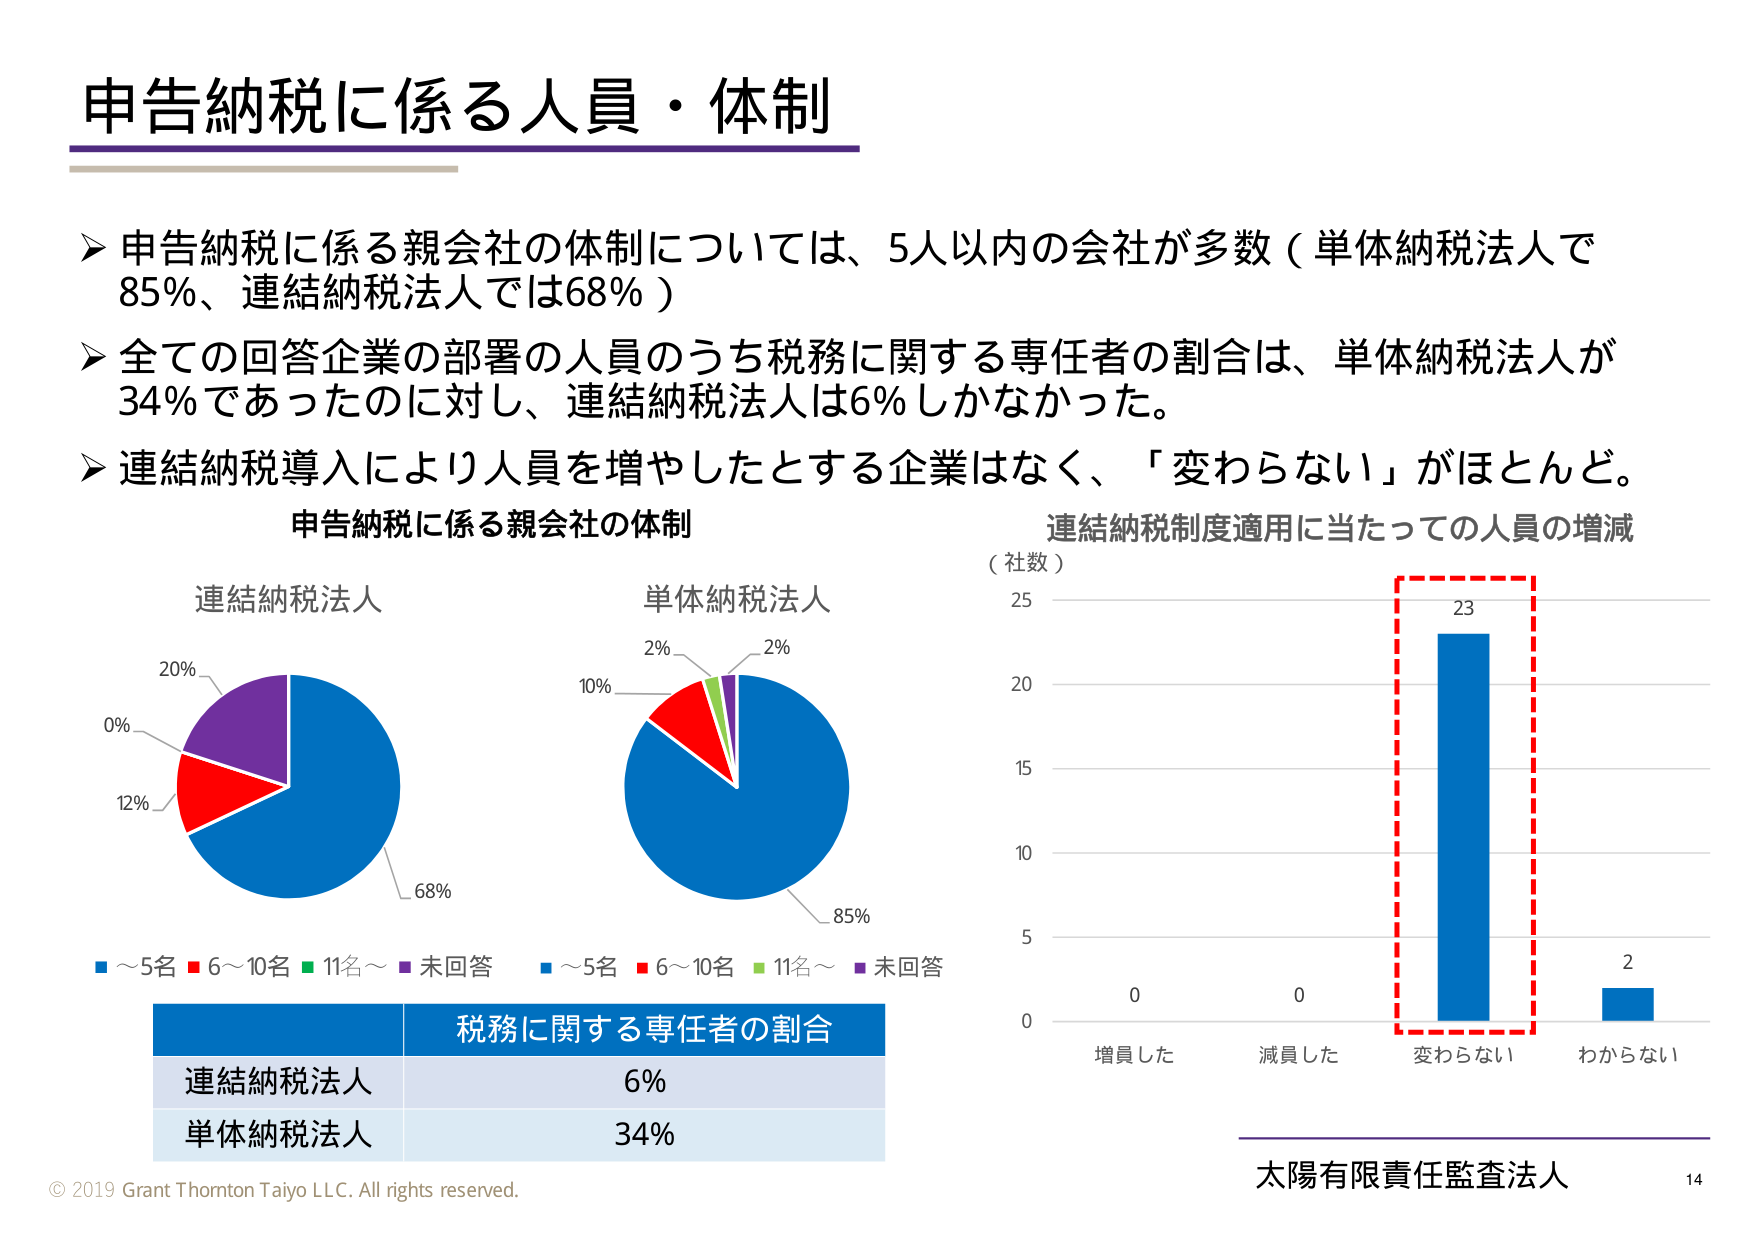
申告納税に係る人員・体制

▶ 申告納税に係る親会社の体制については、5人以内の会社が多数（単体納税法人で85％、連結納税法人では68％）

▶ 全ての回答企業の部署の人員のうち税務に関する専任者の割合は、単体納税法人が34％であったのに対し、連結納税法人は6％しかなかった。

▶ 連結納税導入により人員を増やしたとする企業はなく、「変わらない」がほとんど。

申告納税に係る親会社の体制

連結納税法人
20％
0％
12％
68％

単体納税法人
2％
10％
2％
85％

（社数）
25
20
15
10
5
0

連結納税制度適用に当たっての人員の増減

増員した
減員した
変わらない
わからない

0
0
23
2

■ ～5名 ■ 6～10名 ■ 11名～ ■ 未回答

税務に関する専任者の割合
連結納税法人 6％
単体納税法人 34％

© 2019 Grant Thornton Taiyo LLC. All rights reserved.

太陽有限責任監査法人
14